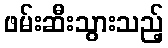
ဖမ်းဆီးသွားသည့်